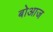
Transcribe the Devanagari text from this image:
बोआज